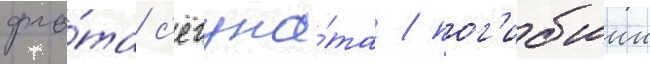
фло́та с'ёгуна́та / пог'ибшии